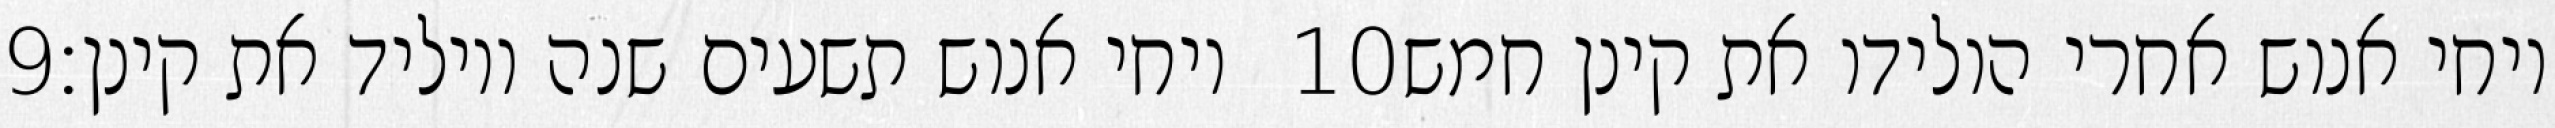
‎9‏ ויחי אנוש תשעים שנה ויוליד את קינן׃ ‎10‏ ויחי אנוש אחרי הולידו את קינן חמש